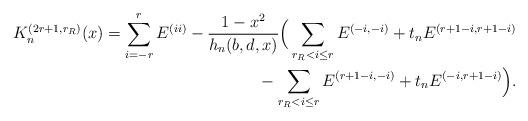
LaTeX: \begin{align*}K^{(2r+1,r_R)}_n (x)=\sum_{i=-r}^{r}E^{(ii)}-\frac{1-x^2}{h_n(b,d,x)}\Big(\sum_{r_R < i \leq r}E^{(-i,-i)}+t_nE^{(r+1-i,r+1-i)}\\{}-\sum_{r_R < i \leq r}E^{(r+1-i,-i)}+t_nE^{(-i,r+1-i)}\Big).\end{align*}